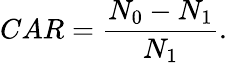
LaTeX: CAR=\frac{N_{0}-N_{1}}{N_{1}}.